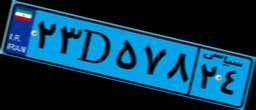
۵۹D۱۵۵۶۹